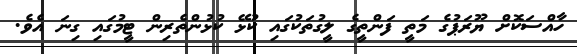
ހާއްސަކޮށް ޔޫރަޕުގެ މަތީ ފަންތީގެ ލީގުތަކުގައި ކުޅޭ ކުޅުންތެރިން ޓީމުގައި ގިނަ އެވެ.